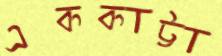
এককাট্টা